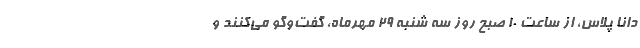
دانا پلاس، از ساعت 10 صبح روز سه شنبه 29 مهرماه، گفت‌وگو می‌کنند و